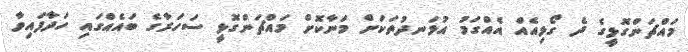
މައްޗަންގޮޅީގެ ދެ ގޯޅިއެއް އެއްގަމު އުޅަނދުތަކަށް މަނާކޮށް މައްޗަންގޮޅީ ސަހަރާގެ ބައެއްގައި ހަދާފައިވާ